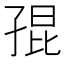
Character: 𡥵